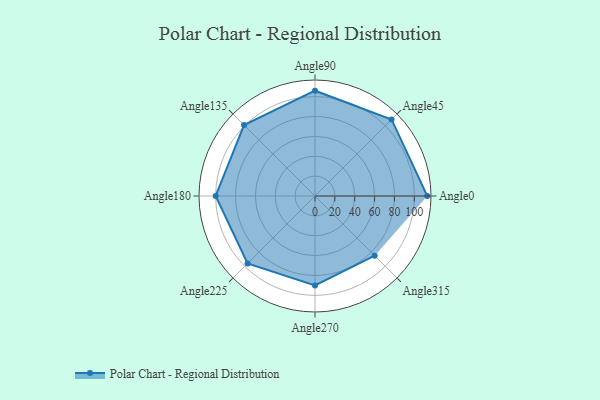
{"axis": {"x": "Angle", "y": "Radius"}, "legend": [""], "data": [{"x": "Angle0", "y": 113.0, "type": ""}, {"x": "Angle45", "y": 109.0, "type": ""}, {"x": "Angle90", "y": 106.0, "type": ""}, {"x": "Angle135", "y": 101.0, "type": ""}, {"x": "Angle180", "y": 100.0, "type": ""}, {"x": "Angle225", "y": 96.0, "type": ""}, {"x": "Angle270", "y": 90.0, "type": ""}, {"x": "Angle315", "y": 85.0, "type": ""}]}